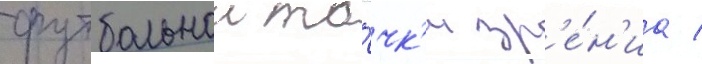
футбольнои то́чк'и зр'е́н'иа /